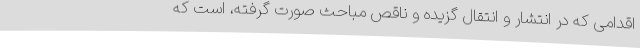
اقدامی كه در انتشار و انتقالِ گزيده و ناقص مباحث صورت گرفته، است كه